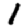
Digit: 1